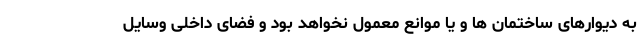
به دیوارهای ساختمان ها و یا موانع معمول نخواهد بود و فضای داخلی وسایل